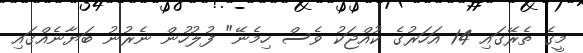
މީގެ ތެރޭގައި 14 އަހަރުގެ ކުއްޖަކު ވެސް ހިމެނޭ" ފުލުހުން ނެރުނު ބަޔާނެއްގައި